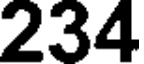
234